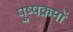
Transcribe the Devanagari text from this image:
पुष्पक्रमों